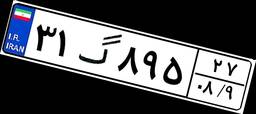
۳۱گ۸۹۵۲۷